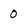
Character: 0